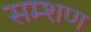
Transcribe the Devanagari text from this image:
सम्शण